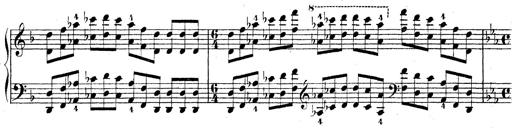
Title: Technische Studien
Composer: Franz Liszt